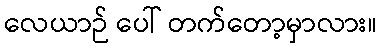
လေယာဉ် ပေါ် တက်တော့မှာလား။